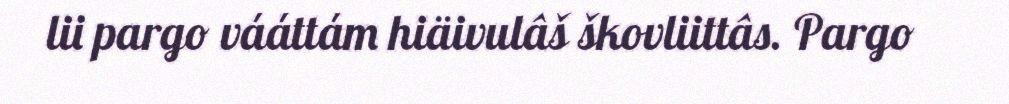
lii pargo vááttám hiäivulâš škovliittâs. Pargo